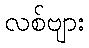
လစ်ဗျား